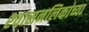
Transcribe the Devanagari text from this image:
श्‍वासनलिकांच्या